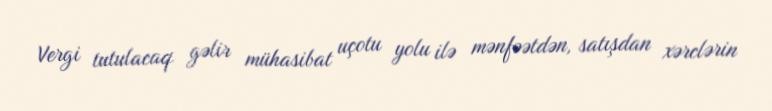
Vergi tutulacaq gəlir mühasibat uçotu yolu ilə mənfəətdən, satışdan xərclərin